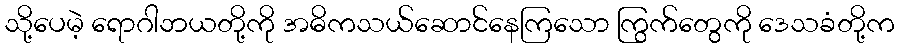
သို့ပေမဲ့ ရောဂါဘယတို့ကို အဓိကသယ်ဆောင်နေကြသော ကြွက်တွေကို ဒေသခံတို့က